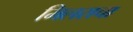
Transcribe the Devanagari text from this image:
मिलराचा